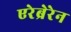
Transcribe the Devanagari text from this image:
एरेब्रेरेन